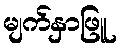
မျက်နှာဖြူ